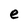
Character: e